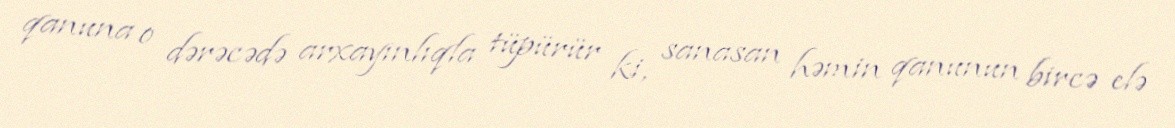
qanuna o dərəcədə arxayınlıqla tüpürür ki, sanasan həmin qanunun bircə elə